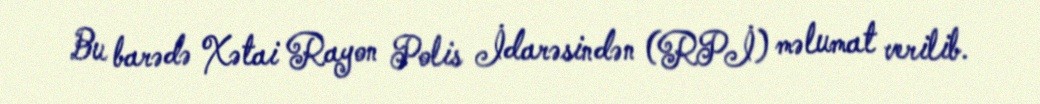
Bu barədə Xətai Rayon Polis İdarəsindən (RPİ) məlumat verilib.